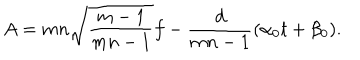
LaTeX: A = m n \sqrt { \frac { m - 1 } { m n - 1 } } f - \frac { d } { m n - 1 } ( \alpha _ { 0 } t + \beta _ { 0 } ) .